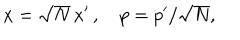
x = \sqrt { N } \, x ^ { \prime } \, , \quad p = p ^ { \prime } / \sqrt { N } ,